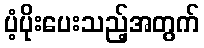
ပံ့ပိုးပေးသည့်အတွက်